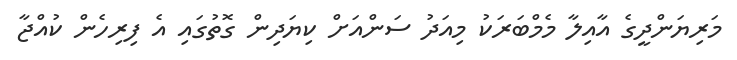
މަރިޔަންދީގެ އާއިލާ މެމްބަރަކު މިއަދު ސަންއަށް ކިޔަދިން ގޮތުގައި އެ ފިރިހެން ކުއްޖާ